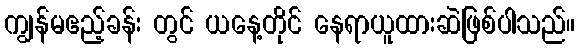
ကျွန်မဧည့်ခန်း တွင် ယနေ့တိုင် နေရာယူထားဆဲဖြစ်ပါသည်။